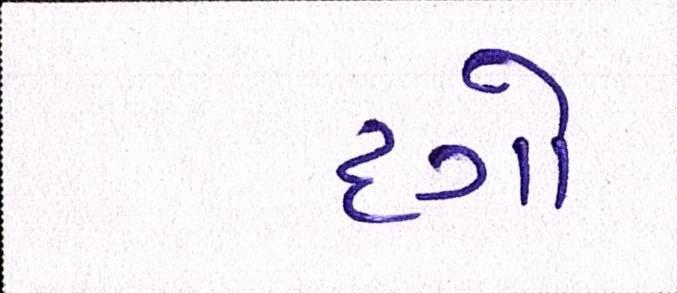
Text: દગો